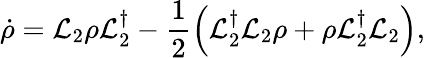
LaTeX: \dot{\rho}=\mathcal{L}_{2}\rho\mathcal{L}_{2}^{\dagger}-\frac{1}{2}\left(\mathcal{L}_{2}^{\dagger}\mathcal{L}_{2}\rho+\rho\mathcal{L}_{2}^{\dagger}\mathcal{L}_{2}\right),